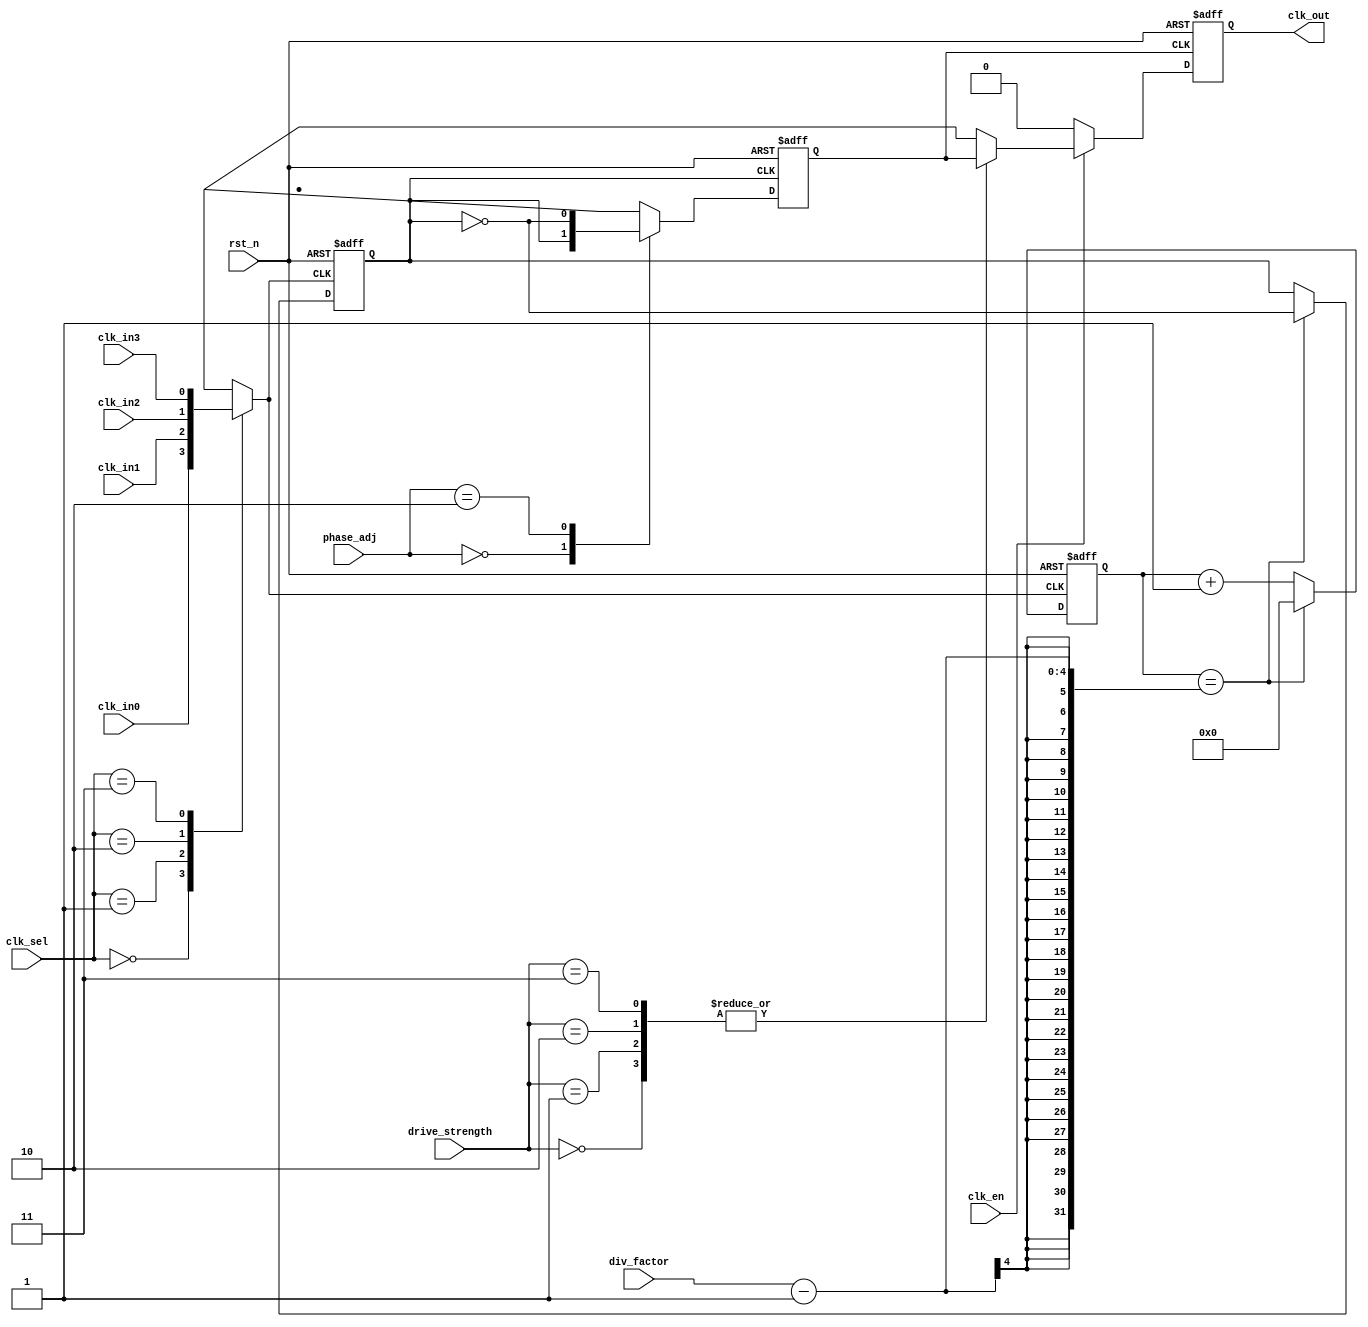
module ProgrammableClockBuffer (
    input wire clk_in0,         // Clock input 0
    input wire clk_in1,         // Clock input 1
    input wire clk_in2,         // Clock input 2
    input wire clk_in3,         // Clock input 3
    input wire [1:0] clk_sel,   // Clock selection input
    input wire [3:0] div_factor, // Frequency division factor
    input wire [1:0] phase_adj,  // Phase adjustment (0: no adjust, 1: 90 degrees, 2: 180 degrees, 3: 270 degrees)
    input wire [1:0] drive_strength, // Drive strength control (00: low, 01: medium, 10: high, 11: max)
    input wire clk_en,          // Clock enable for gating
    input wire rst_n,           // Active low reset
    output reg clk_out          // Clock output
);

// Internal signals
reg selected_clk;
reg divided_clk;
reg phase_adjusted_clk;
reg [3:0] counter;

// Clock MUX
always @(*) begin
    case (clk_sel)
        2'b00: selected_clk = clk_in0;
        2'b01: selected_clk = clk_in1;
        2'b10: selected_clk = clk_in2;
        2'b11: selected_clk = clk_in3;
        default: selected_clk = clk_in0; // default case
    endcase
end

// Frequency Divider
always @(posedge selected_clk or negedge rst_n) begin
    if (!rst_n) begin
        counter <= 0;
        divided_clk <= 0;
    end else begin
        if (counter == (div_factor - 1)) begin
            divided_clk <= ~divided_clk; // Toggle the divided clock
            counter <= 0; // Reset counter
        end else begin
            counter <= counter + 1; // Increment counter
        end
    end
end

// Phase Adjustment Logic
always @(posedge divided_clk or negedge rst_n) begin
    if (!rst_n) begin
        phase_adjusted_clk <= 0;
    end else begin
        case (phase_adj)
            2'b00: phase_adjusted_clk <= divided_clk; // No adjustment
            2'b01: phase_adjusted_clk <= {divided_clk[0], divided_clk[3:1]}; // 90 degree shift
            2'b10: phase_adjusted_clk <= ~divided_clk; // 180 degree shift
            2'b11: phase_adjusted_clk <= {divided_clk[2:0], divided_clk[3]}; // 270 degree shift
            default: phase_adjusted_clk <= divided_clk; // default case
        endcase
    end
end

// Output Drive Strength Control (simplified)
always @(posedge phase_adjusted_clk or negedge rst_n) begin
    if (!rst_n) begin
        clk_out <= 0;
    end else if (clk_en) begin
        case (drive_strength)
            2'b00: clk_out <= phase_adjusted_clk; // Low drive strength
            2'b01: clk_out <= phase_adjusted_clk; // Medium drive strength
            2'b10: clk_out <= phase_adjusted_clk; // High drive strength
            2'b11: clk_out <= phase_adjusted_clk; // Max drive strength
            default: clk_out <= phase_adjusted_clk; // default case
        endcase
    end else begin
        clk_out <= 0; // Clock gating
    end
end

endmodule